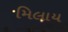
મિલાય